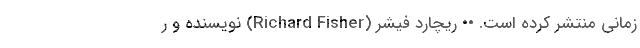
زمانی منتشر کرده است. •• ریچارد فیشر (Richard Fisher) نویسنده و ر